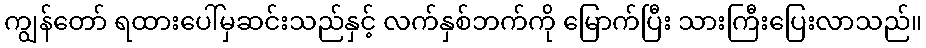
ကျွန်တော် ရထားပေါ်မှဆင်းသည်နှင့် လက်နှစ်ဘက်ကို မြောက်ပြီး သားကြီးပြေးလာသည်။